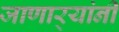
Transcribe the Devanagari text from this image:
जाणार्‍यांनी